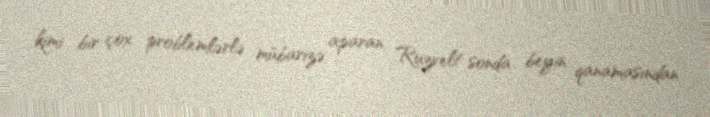
kimi bir çox problemlərlə mübarizə aparan Ruzvelt sonda beyin qanamasından